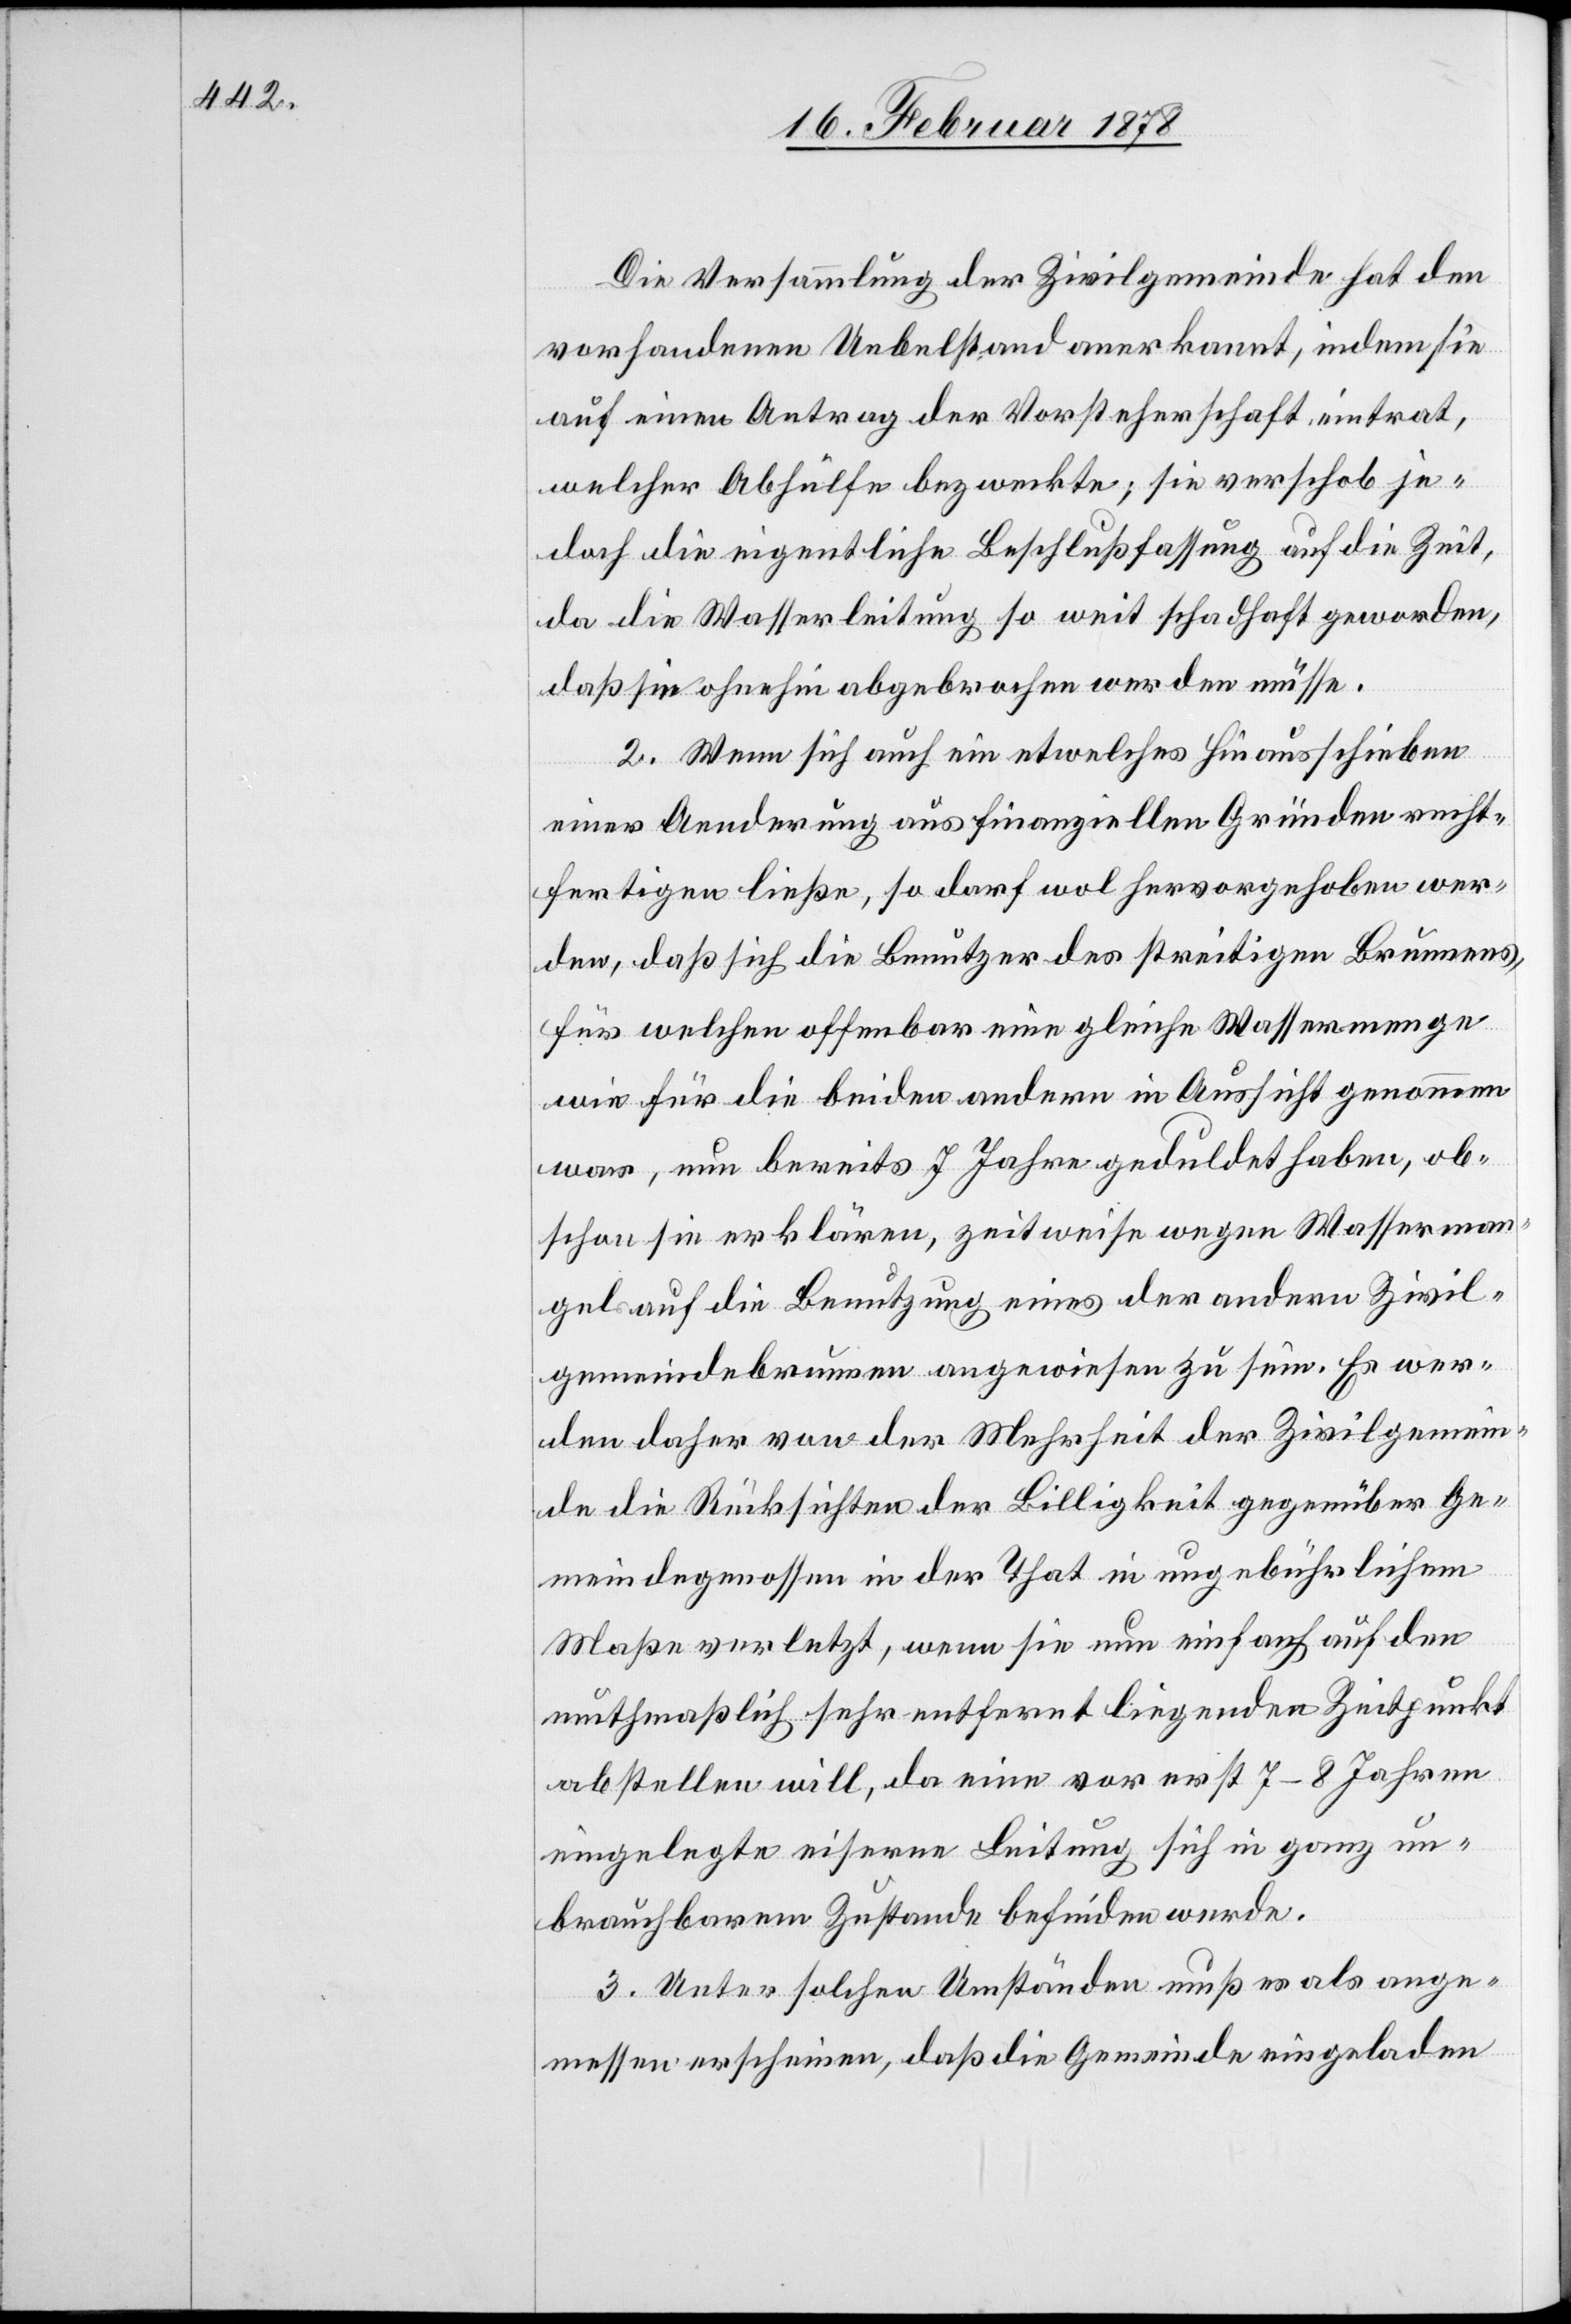
Die Versammlung der Zivilgemeinde hat den
vorhandenen Uebelstand anerkannt, indem sie
auf einen Antrag der Vorsteherschaft eintrat,
welcher Abhülfe bezweckte; sie verschob je¬
doch die eigentliche Beschlussfassung auf die Zeit,
da die Wasserleitung so weit schadhaft geworden,
daß sie ohnehin abgebrochen werden müsse.
2. Wenn sich auch ein etwelches Hinausschieben
einer Aenderung aus finanziellen Gründen recht¬
fertigen ließe, so darf wol hervorgehoben wer¬
den, daß sich die Benutzer des streitigen Brunnens,
für welchen offenbar eine gleiche Wassermenge
wie für die beiden andern in Aussicht genommen
war, nun bereits 7 Jahre geduldet haben, ob¬
schon sie erklären, zeitweise wegen Wasserman¬
gel auf die Benutzung eines der andern Zivil¬
gemeindebrunnen angewiesen zu sein. Es wer¬
den daher von der Mehrheit der Zivilgemein¬
de die Rücksichten der Billigkeit gegenüber Ge¬
meindegenossen in der That in ungebührlichem
Maße verletzt, wenn sie nun einfach auf den
muthmaßlich sehr entfernt liegenden Zeitpunkt
abstellen will, da eine vor erst 7–8 Jahren
eingelegte eiserne Leitung sich in ganz un¬
brauchbarem Zustande befinden werde.
3. Unter solchen Umständen muß es als ange¬
messen erscheinen, daß die Gemeinde eingeladen